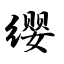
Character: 缨